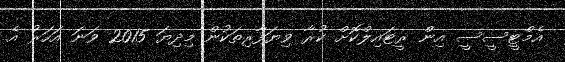
އެމްޓީސީސީ އިން ރީޓައިލްކޮށް ކުރާ ވިޔަފާރިތަކުން މިދިޔަ 2015 ވަނަ އަހަރު އެ